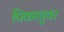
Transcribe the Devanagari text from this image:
पिकाचुवर